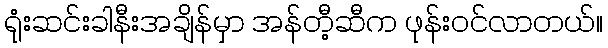
ရုံးဆင်းခါနီးအချိန်မှာ အန်တီ့ဆီက ဖုန်းဝင်လာတယ်။